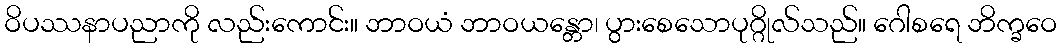
ဝိပဿနာပညာကို လည်းကောင်း။ ဘာဝယံ ဘာဝယန္တော၊ ပွားစေသောပုဂ္ဂိုလ်သည်။ ဂေါစရေ ဘိက္ခဝေ